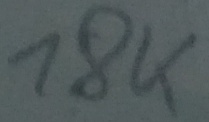
Text: 18K